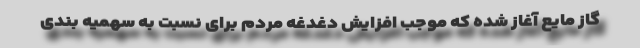
گاز مایع آغاز شده که موجب افزایش دغدغه مردم برای نسبت به سهمیه بندی